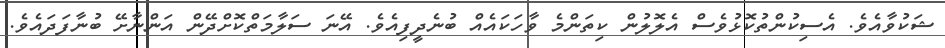
ޝަކުވާއެވެ. އެސިކުންތުކޮޅުވެސް އެލޮލުން ކިތަންމެ ވާހަކައެއް ބުނެދީފިއެވެ. އޭނަ ސަލާމަތްކޮށްދޭން އަންނާށޭ ބުނާފަދައެވެ.